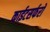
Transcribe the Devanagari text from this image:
काईटसर्फरों